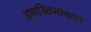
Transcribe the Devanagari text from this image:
अगस्तिनीयनों